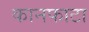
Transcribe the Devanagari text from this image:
कानफाटा